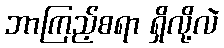
ဘာကြည့်စရာ ရှိလို့လဲ